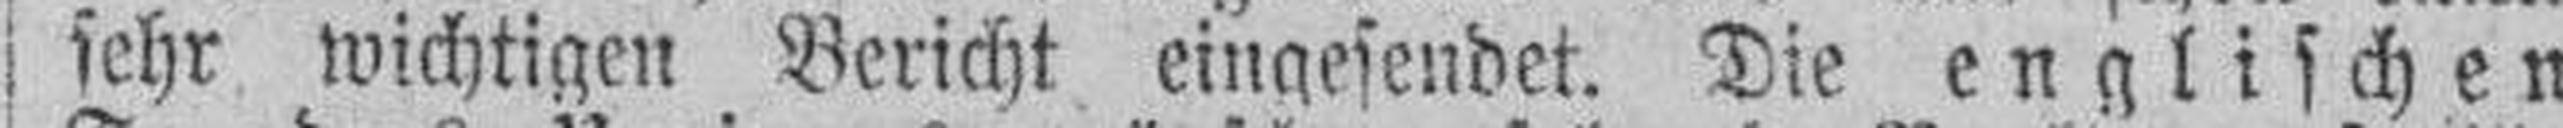
sehr wichtigen Bericht eingesendet. Die englischen